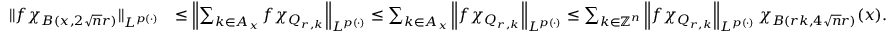
\begin{array} { r l } { \| f \chi _ { B ( x , 2 \sqrt { n } r ) } \| _ { L ^ { p ( \cdot ) } } } & { \le \left\| \sum _ { k \in A _ { x } } f \chi _ { Q _ { r , k } } \right\| _ { L ^ { p ( \cdot ) } } \le \sum _ { k \in A _ { x } } \left\| f \chi _ { Q _ { r , k } } \right\| _ { L ^ { p ( \cdot ) } } \le \sum _ { k \in \mathbb { Z } ^ { n } } \left\| f \chi _ { Q _ { r , k } } \right\| _ { L ^ { p ( \cdot ) } } \chi _ { B ( r k , 4 \sqrt { n } r ) } ( x ) . } \end{array}